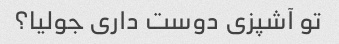
تو آشپزی دوست داری جولیا؟